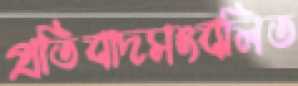
প্রতিবাদসংবলিত